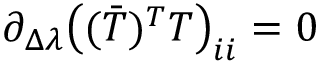
\begin{array} { r } { \partial _ { \Delta \lambda } \big ( ( \bar { T } ) ^ { T } T \big ) _ { i i } = 0 } \end{array}